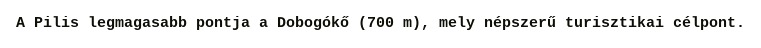
A Pilis legmagasabb pontja a Dobogókő (700 m), mely népszerű turisztikai célpont​.